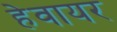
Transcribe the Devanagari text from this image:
हेवायर